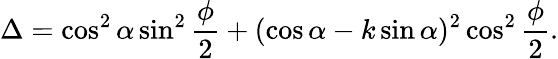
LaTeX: \Delta=\cos^{2}\alpha\sin^{2}\frac\phi 2+(\cos\alpha-k\sin\alpha)^{2}\cos^{2}\frac\phi 2.